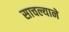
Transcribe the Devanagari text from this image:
साचल्याने